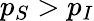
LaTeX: p_{S}>p_{I}